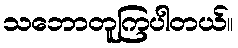
သဘောတူကြပါတယ်။